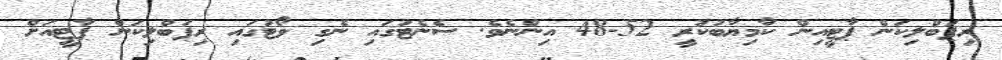
ރިޕަބްލިކަން ޕާޓީއިން ކާމިޔާބުކުރީ 52-48 އިންނެވެ. ސެނެޓުގައި ނެގި ވޯޓުގައި ރިޕަބްލިކަން ޕާޓީއަށް